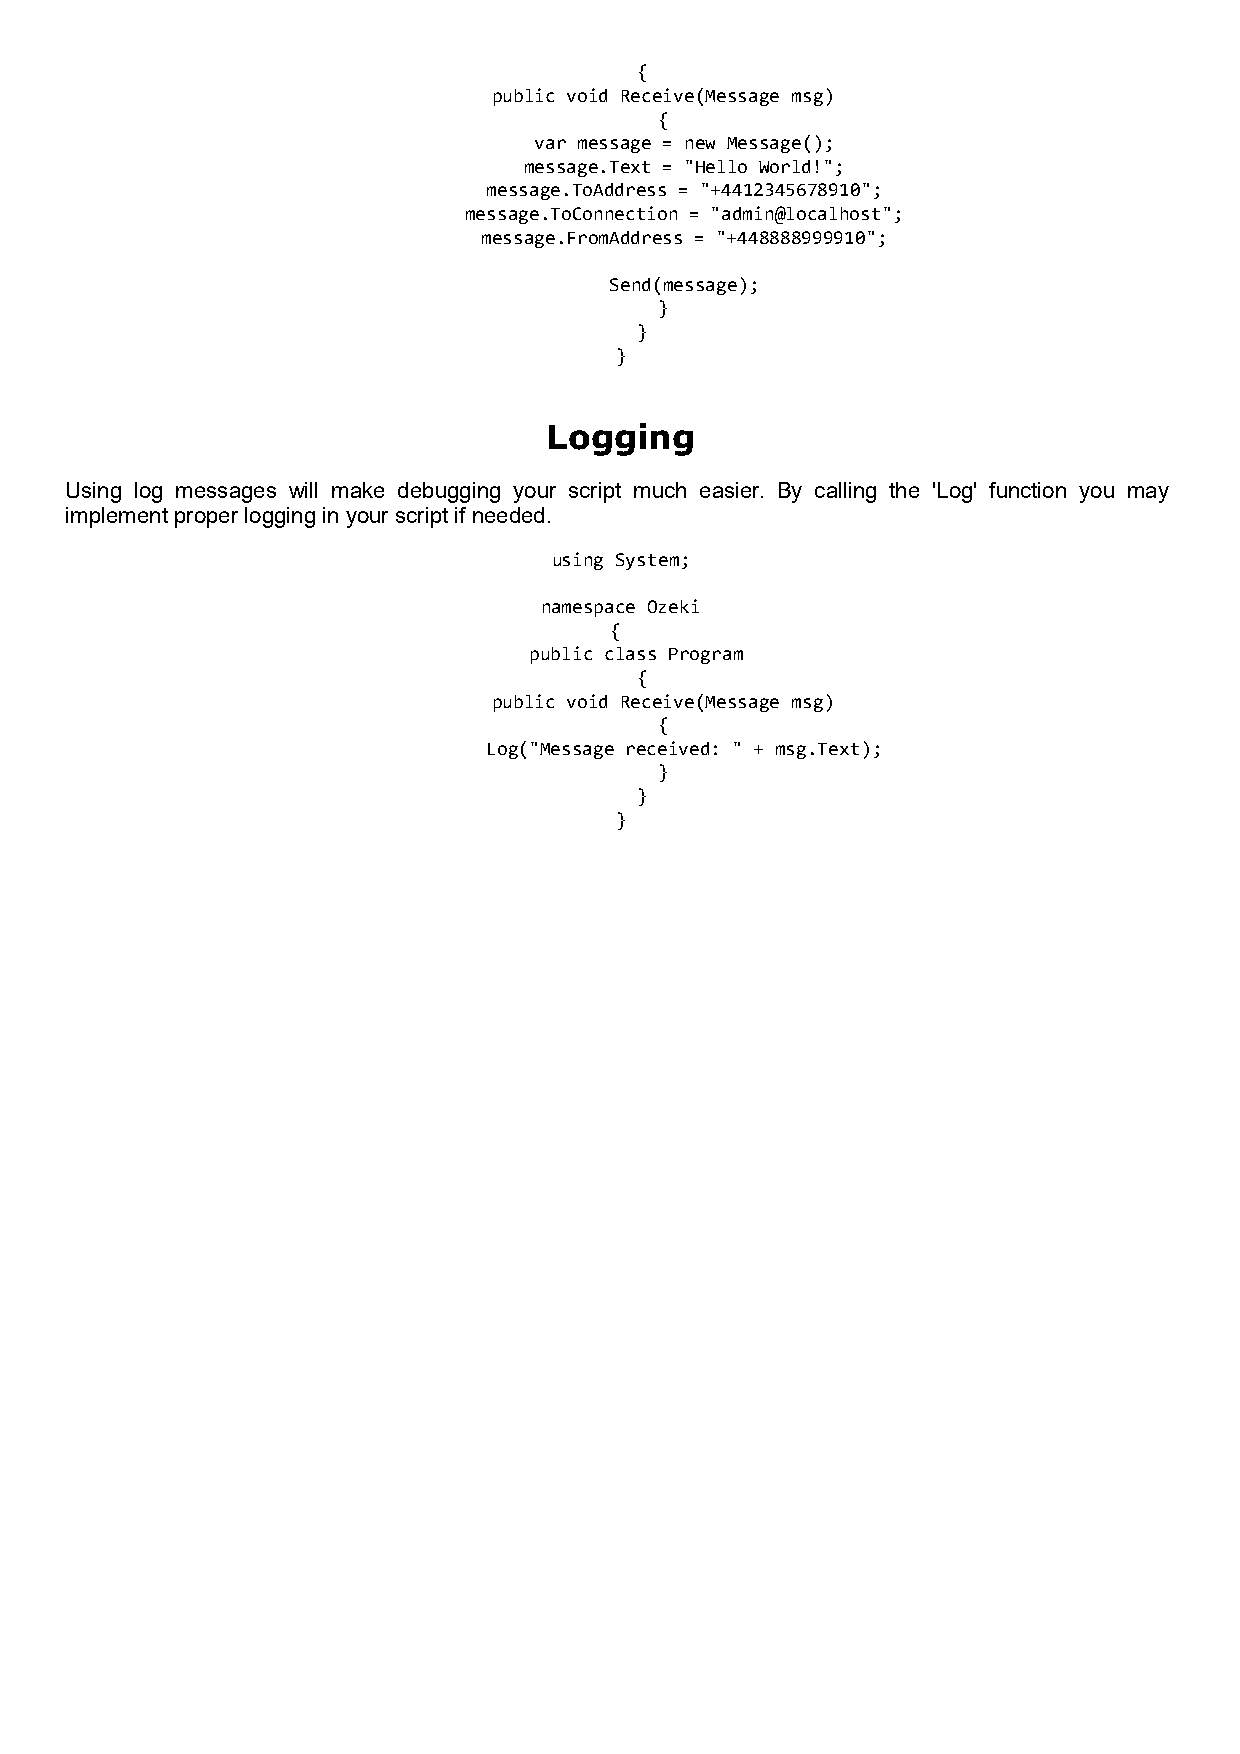
{
 public void Receive(Message msg)
 {
 var message = new Message();
 message.Text = "Hello World!";
 message.ToAddress = "+4412345678910";
 message.ToConnection = "admin@localhost";
 message.FromAddress = "+448888999910";
 Send(message);
 }
 }
 }
 Logging
 Using log messages will make debugging your script much easier. By calling the 'Log' function you may
 implement proper logging in your script if needed.
 using System;
 namespace Ozeki
 {
 public class Program
 {
 public void Receive(Message msg)
 {
 Log("Message received: " + msg.Text);
 }
 }
 }